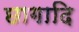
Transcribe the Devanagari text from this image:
छागादि